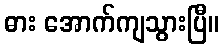
ဓား အောက်ကျသွားပြီ။